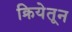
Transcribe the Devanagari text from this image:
क्रियेतून